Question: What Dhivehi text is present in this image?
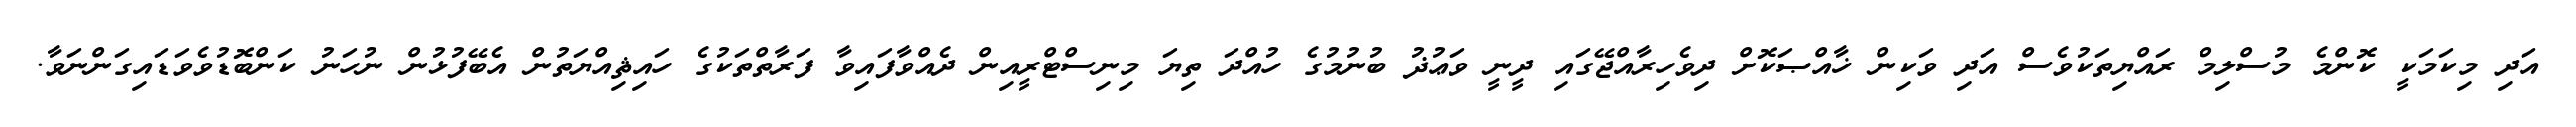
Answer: އަދި މިކަމަކީ ކޮންމެ މުސްލިމް ރައްޔިތަކުވެސް އަދި ވަކިން ޚާއްޞަކޮށް ދިވެހިރާއްޖޭގައި ދީނީ ވަޢުޛު ބުނުމުގެ ހުއްދަ ތިޔަ މިނިސްޓްރީއިން ދެއްވާފައިވާ ފަރާތްތަކުގެ ހައިޘިއްޔަތުން އެބޭފުޅުން ނުހަނު ކަންބޮޑުވެވަޑައިގަންނަވާ.